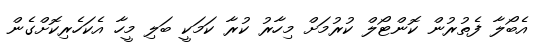
އެބޯލާ ފެތުރުން ކޮންޓޯލް ކުރުމަށް މިހާރު ކުރާ ކަމަކީ ބަލި މީހާ އެކަހެރިކޮށްގެން